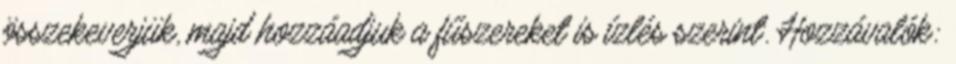
összekeverjük, majd hozzáadjuk a fűszereket is ízlés szerint. Hozzávalók: